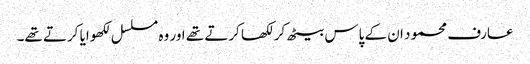
عارف محمود ان کے پاس بیٹھ کر لکھا کرتے تھے اور وہ مسلسل لکھوایا کرتے تھے۔